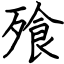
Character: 飱